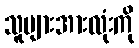
သူများအားလုံးကို